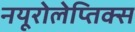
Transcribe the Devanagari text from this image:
नयूरोलेप्तिक्स